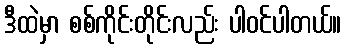
ဒီထဲမှာ စစ်ကိုင်းတိုင်းလည်း ပါဝင်ပါတယ်။